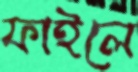
ফাইলে